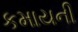
કમાયની